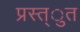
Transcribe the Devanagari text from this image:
प्रस्त्ुत